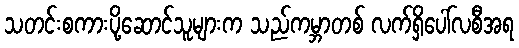
သတင်းစကားပို့ဆောင်သူများက သည်ကမ္ဘာတစ် လက်ရှိပေါ်လစီအရ